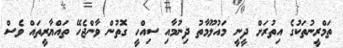
ތަމްރީނުތަކުގެ އިތުރަށް ދީނީ މައުލޫމާތު ދިނުމާއި ސިއްހީ ގޮތުން ވާންޖެހޭ ތައްޔާރީތައް ވެސް